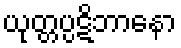
ယုတ္တပ္ပဋိဘာနော